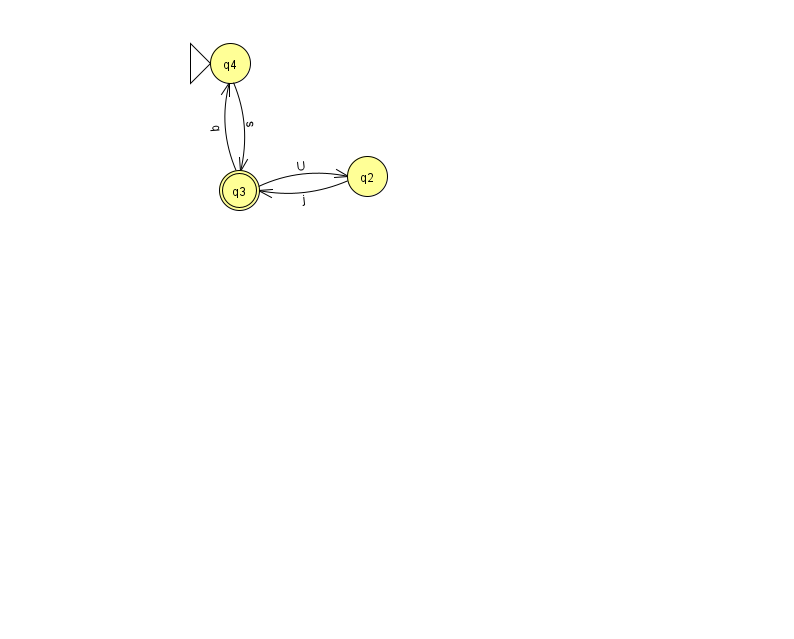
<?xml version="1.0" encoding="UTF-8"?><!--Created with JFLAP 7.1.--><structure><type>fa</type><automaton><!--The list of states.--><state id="2" name="q2"><x>367.0</x><y>163.0</y></state><state id="3" name="q3"><x>239.0</x><y>177.0</y><final/></state><state id="4" name="q4"><x>230.0</x><y>50.0</y><initial/></state><!--The list of transitions.--><transition><from>4</from><to>3</to><read>s</read></transition><transition><from>3</from><to>4</to><read>q</read></transition><transition><from>2</from><to>3</to><read>j</read></transition><transition><from>3</from><to>2</to><read>U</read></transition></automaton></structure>